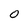
Character: 0